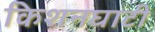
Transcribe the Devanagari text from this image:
किशनघाटी